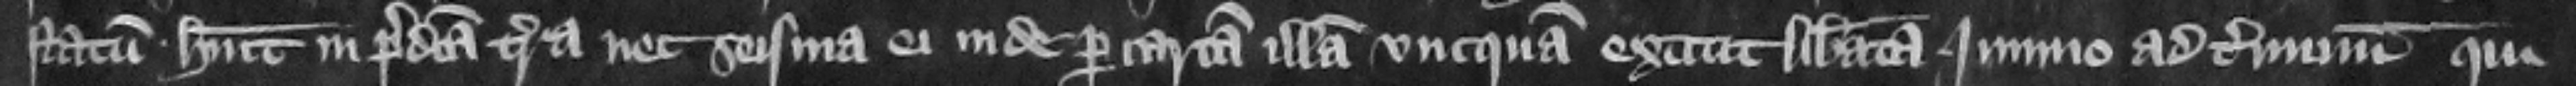
statum habuit in predicta terra nec seisina e inde per cartam illam vncquam extitit liberata immo ad terminum qui